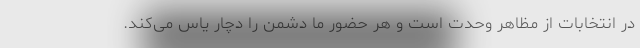
در انتخابات از مظاهر وحدت است و هر حضور ما دشمن را دچار یاس می‌کند.